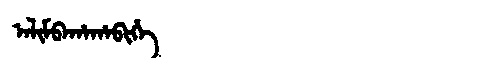
Manchu: ᠠᠯᡳᠮᠪᠠᡥᠠᡥᠠᠪᡳᡥᡝ
Romanization: ALIMBAHAHABIHE